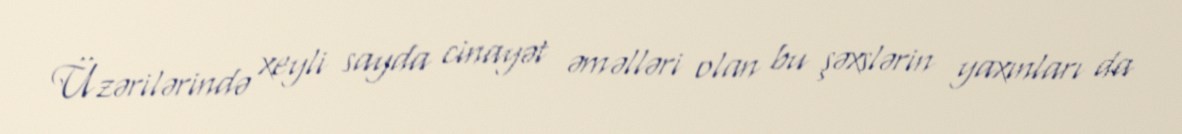
Üzərilərində xeyli sayda cinayət əməlləri olan bu şəxslərin yaxınları da